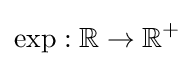
\exp :\mathbb {R} \to \mathbb {R} ^{+}